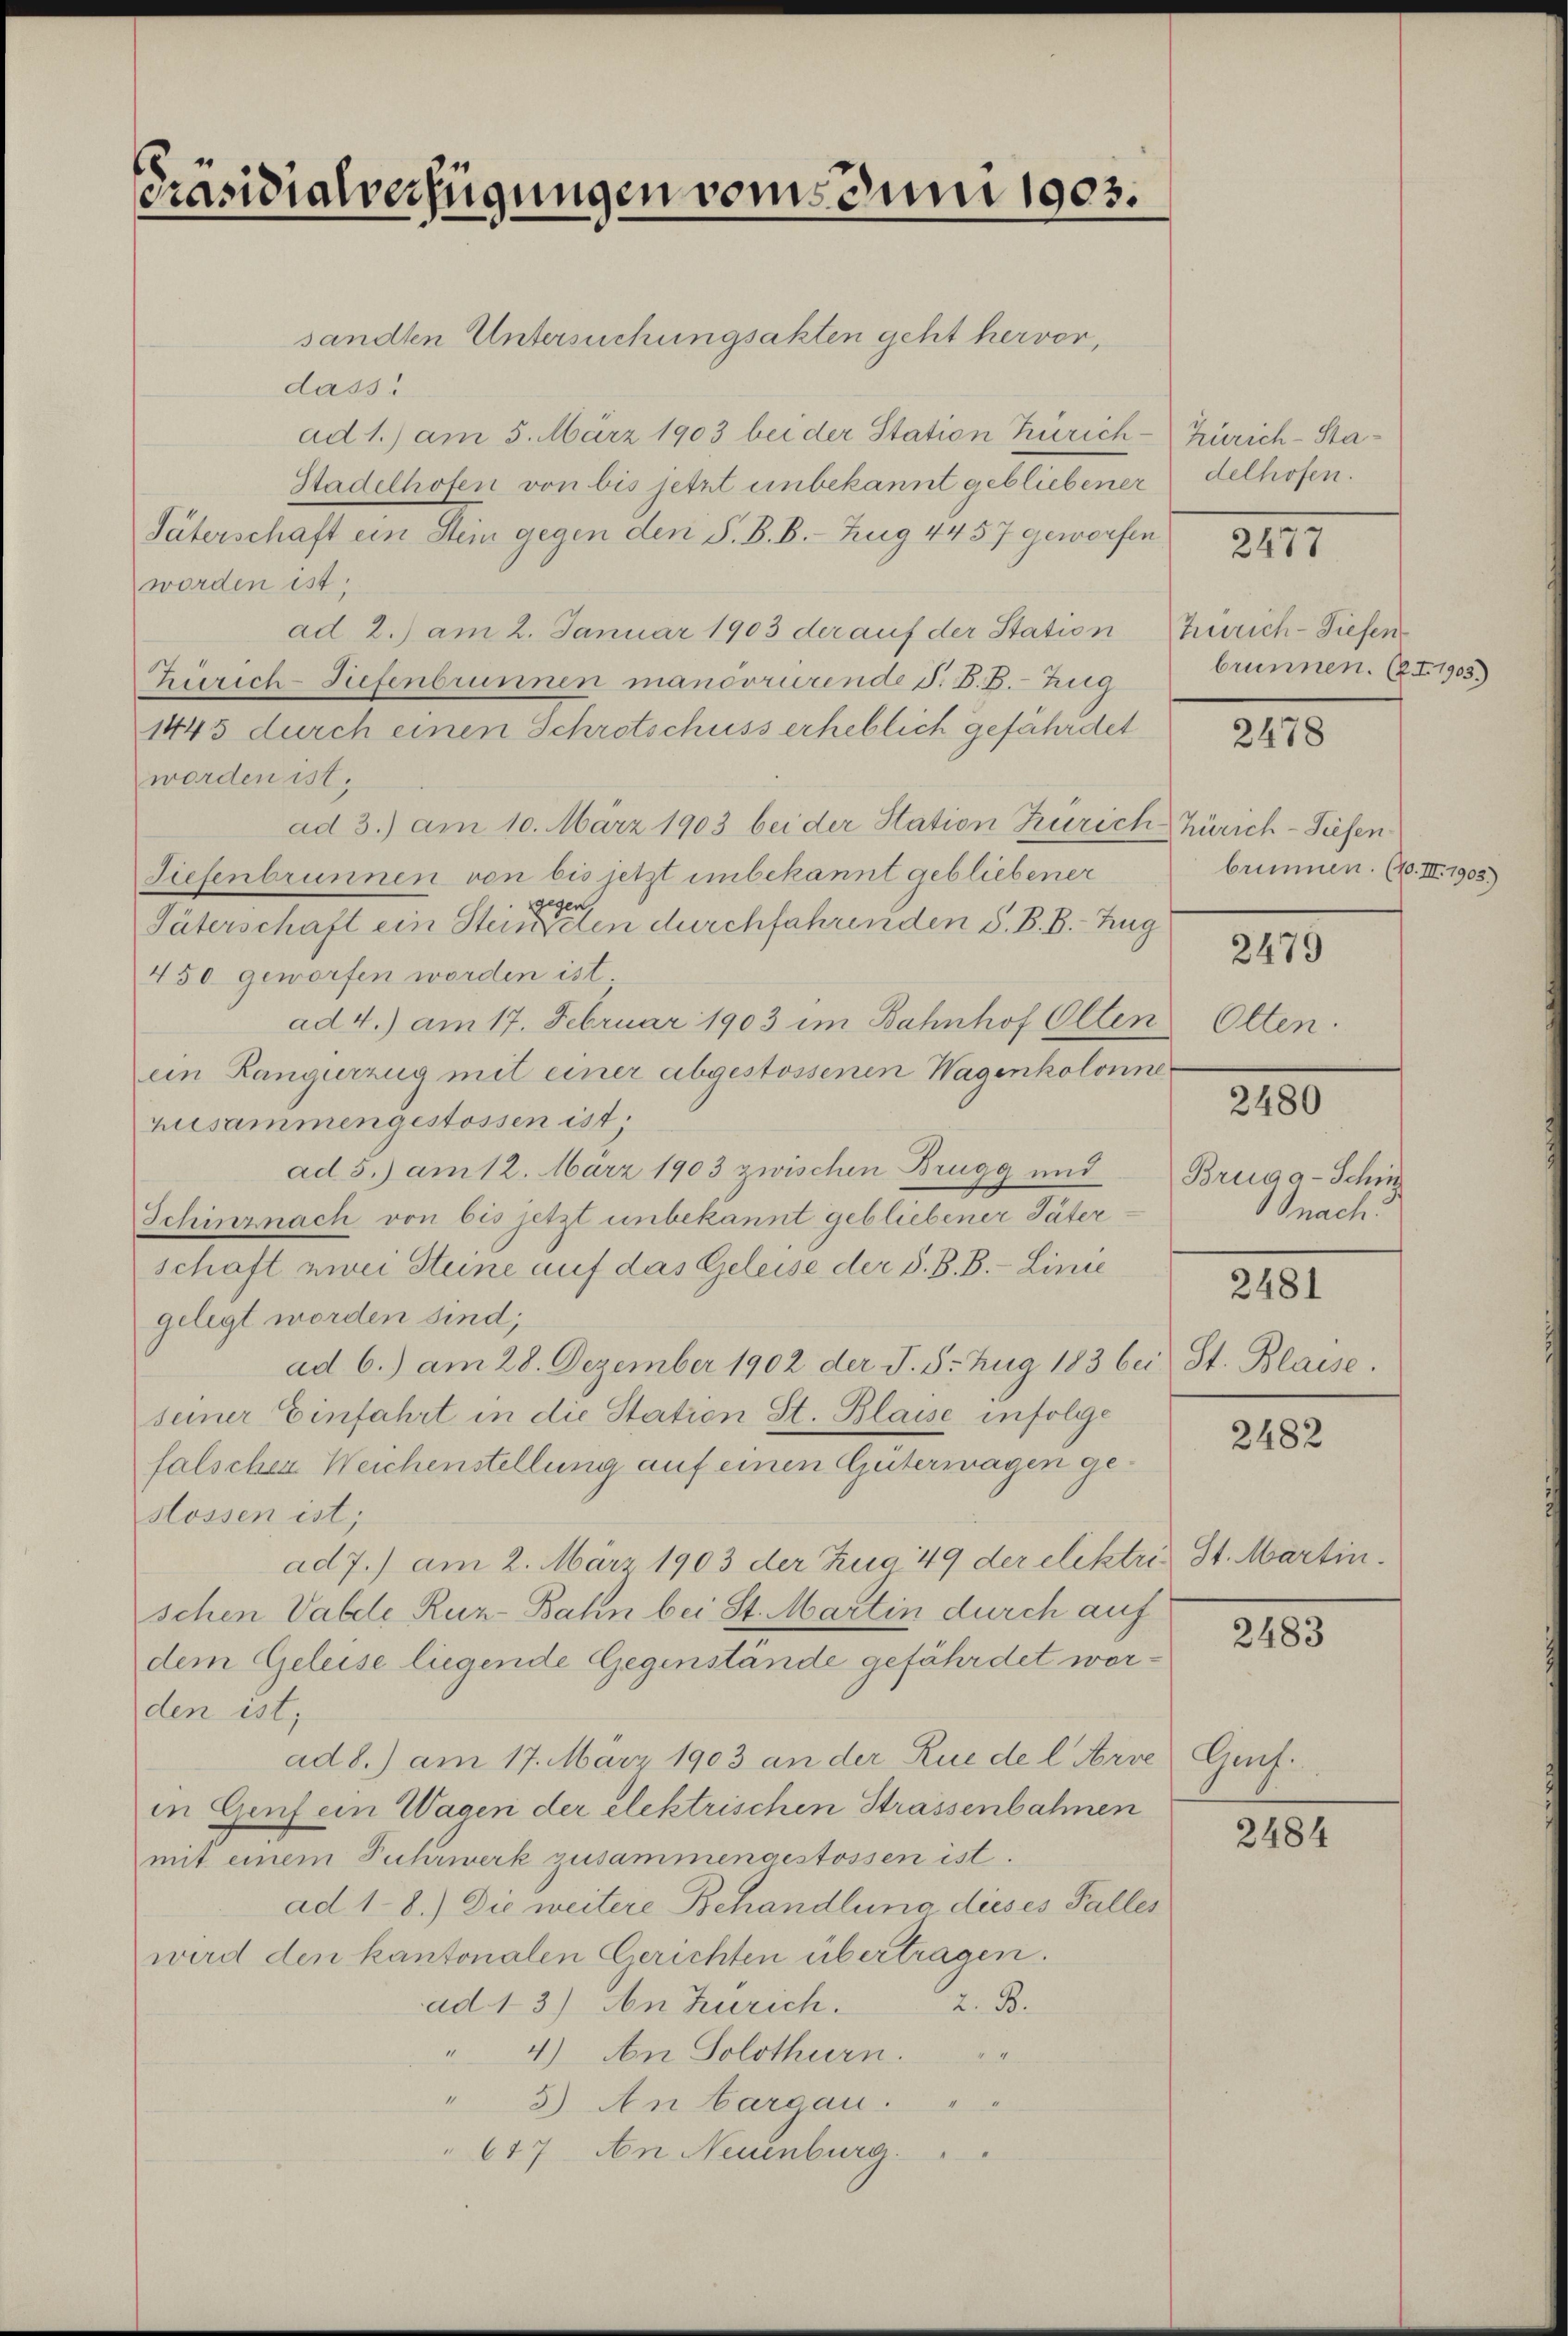
Präsidialverfügungen vom Juni 1903.

sandten Untersuchungsakten geht hervor,
dass
ad 1.) am 5. März 1903 bei der Station Zürich¬
Stadelhofen von bis jetzt unbekannt gebliebener delhofen.
Täterschaft ein Stein gegen den S. B. B. Zug 4457 geworfen,
worden ist;
ad 2.) am 2. Januar 1903 der auf der Station
Zürich-Tiefenbrunnen manovrierende P. B. B. Zug
1445 durch einen Schrotschuss erheblich gefährdet
worden ist.
ad 3.) am 10. März 1903 bei der Station Zürich Zürich-Siefen¬
Tiefenbrunnen von bis jetzt unbekannt gebliebener
gegen
Väterschaft ein Steinschen durchfahrenden S. B. B. Zug
450 geworfen worden ist
ad 4.) am 17. Februar 1903 im Bahnhof Olten Olten.
ein Rangurzug mit einer abgestossenen Wagenkolonne
zusammengestossen ist.
ad 5.) am 12. März 1903 zwischen Brugg und
Schinznach von bis jetzt unbekannt gebliebener Täterschaft zwei Steine auf das Geleise der S. B. B. - Linie
gelegt worden sind;
ad 6.) am 28. Dezember 1902 der J. 5. Zug 183 bei St. Blaise.
seiner Einfahrt in die Station St. Blaise infolge
falschen Weichenstellung auf einen Gütermagen gestossen ist;
ad7.) am 2. März 1903 der Zug 49 der elektris St. Martin.
schen Valde Ruz-Bahn bei St. Martin durch auf
dem Geleise liegende Gegenstände gefährdet worden ist;
ad 8.) am 17. März 1903 an der Zue de l. Arve) Genf
in Genf ein Wagen der elektrischen Strassenbahnen
mit einem Fuhrwerk zusammengestossen ist.
ad 1-8.) Die weitere Behandlung dieses Falles
wird den kantonalen Gerichten übertragen.
2. 3.
ad 13) An Zürich.
" 4.) An Solothurn.
44
" 3) An Cargau.
617 An Neuenburg.

Zürich-Sta¬

2477

Zürich-Tiefen
brunnen. (z. I. 1903.)

2478

brunnen. (10. III. 1903.)

2479

2480

Bruga-Schin
nach
2481

2482

2483

2484